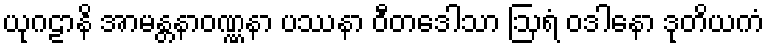
ယုဂဠာနိ အာမန္တနာဝဏ္ဏနာ ပဿနာ ဝီတဒေါသာ ဩရံ ဝဒါနော ဒုတိယကံ